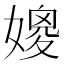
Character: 𱙩